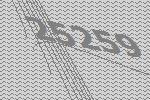
25259